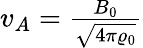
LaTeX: \begin{array}{r}{v_{A}=\frac{B_{0}}{\sqrt{4\pi\varrho_{0}}}}\end{array}